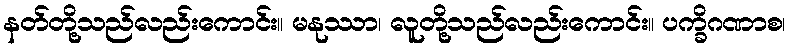
နတ်တို့သည်လည်းကောင်း။ မနုဿာ၊ လူတို့သည်လည်းကောင်း။ ပက္ခိဂဏာစ၊